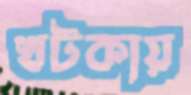
খটকায়